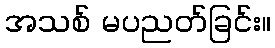
အသစ် မပညတ်ခြင်း။